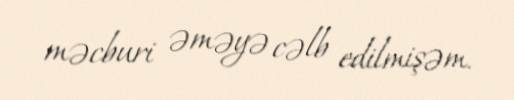
məcburi əməyə cəlb edilmişəm.